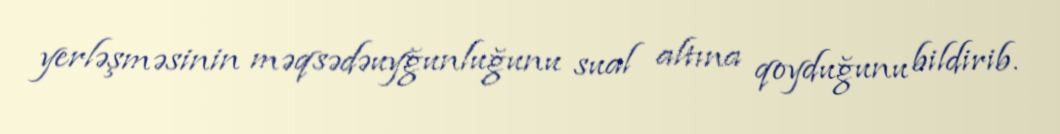
yerləşməsinin məqsədəuyğunluğunu sual altına qoyduğunu bildirib.